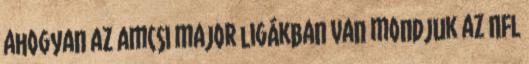
ahogyan az amcsi major ligákban van mondjuk az NFL